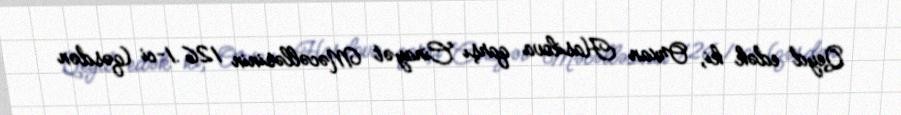
Qeyd edək ki, Orxan Hasilova qarşı Cinayət Məcəlləsinin 126.1-ci (qəsdən